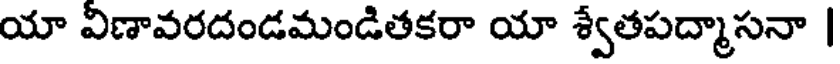
యా విణావరదండమండితకరా యా శ్వేతపద్మాసనా |